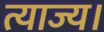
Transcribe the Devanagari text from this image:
त्याज्य।